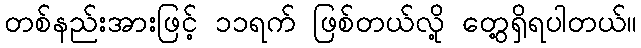
တစ်နည်းအားဖြင့် ၁၁ရက် ဖြစ်တယ်လို့ တွေ့ရှိရပါတယ်။